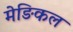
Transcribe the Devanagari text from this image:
मेङिकल